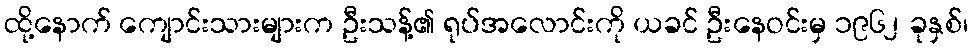
ထို့နောက် ကျောင်းသားများက ဦးသန့်၏ ရုပ်အလောင်းကို ယခင် ဦးနေဝင်းမှ ၁၉၆၂ ခုနှစ်၊